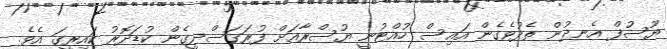
ޔޫސުފް އެނދުން ތެދުވެގެން އައިސް ހުއްޓުނީ ޔުސްރާއަށް ފުރަގަސްދީގެން ކުޑަދޮރު ކައިރީގަ އެވެ.